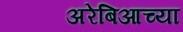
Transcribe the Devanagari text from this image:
अरेबिआच्या